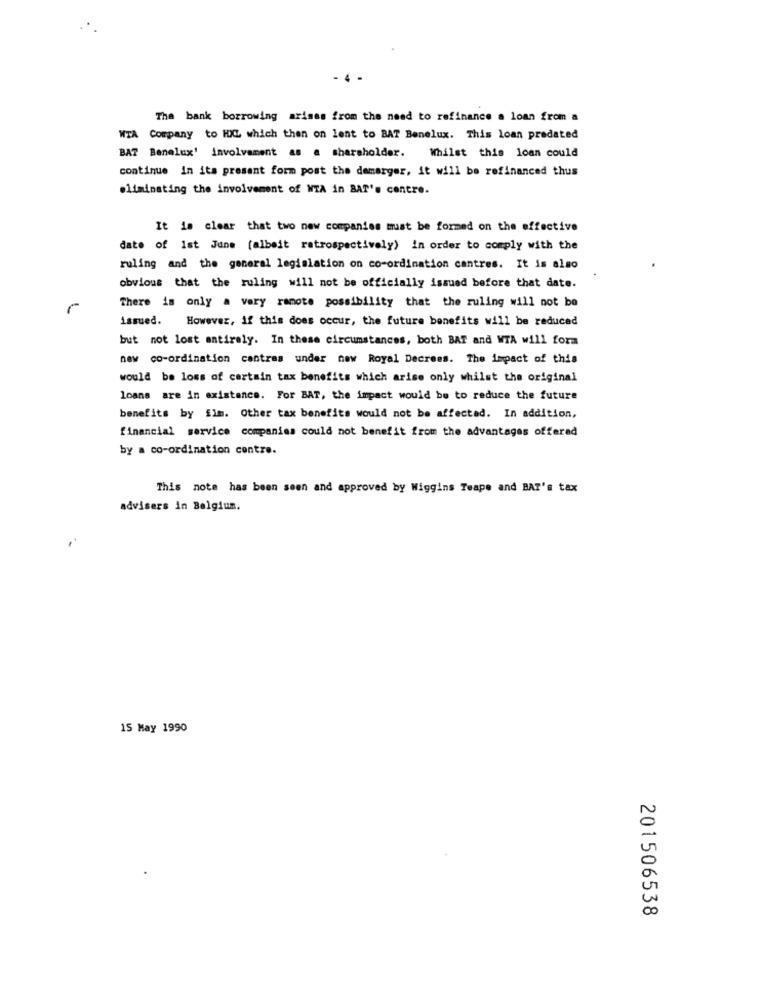
- 4 -
The bank borrowing arises from the need to refinance a loan from a
WTA Company to HXL which then on lent to BAT Benelux. This loan predated
BAT Benelux' involvement as a shareholder. Whilst this loan could
continue in its present form post the demerger, it will be refinanced thus
eliminating the involvement of NTA in BAT's centre.
It is clear that two new companies must be formed on the effective
date of Ist June (albeit retrospectively) in order to comply with the
ruling and the general legislation on co-ordination cantres. It is also
obvious that the ruling will not be officially issued before that date.
There is only a very ramote possibility that the ruling will not be
issued.
However, if this does occur, the future benefits will be reduced
but not lost entirely. In these circumstances, both BAT and WTA will form
new co-ordination cantras under new Royal Decrees. The impact of this
would be loss of certain tax benefits which arise only whilst the original
loans are in existence. For BAT, the impact would be to reduce the future
benefits by fim. Other tax benefits would not be affected. In addition,
financial service companies could not benefit from the advantages offerad
by a co-ordination contre.
This note has been seen and approved by Wiggins Teape and BAT's tax
advisers in Belgium.
15 May 1990
201506538